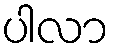
ပါလာ